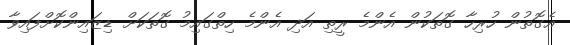
އެގޮތުން ހުރިހާ ގޮތަކުން އެންމެ ރީތި އަދި އެންމެ ހިތްގައިމު ގޮތަކަށް ޑިޒައިންކޮށްފައިވާ